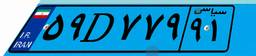
۴۹D۳۷۶۷۰